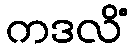
ကဒလိံ